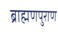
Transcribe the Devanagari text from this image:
ब्राह्मणपुराण